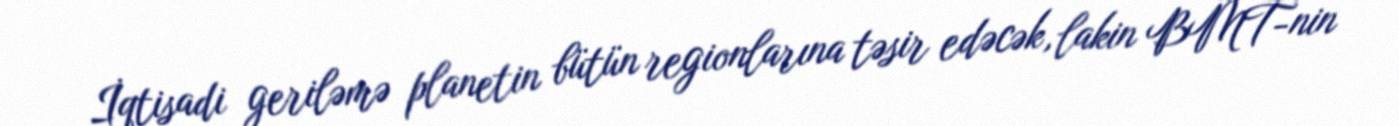
İqtisadi geriləmə planetin bütün regionlarına təsir edəcək, lakin BMT-nin